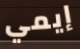
إيمي